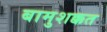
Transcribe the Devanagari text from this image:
बामुशक्कत